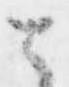
と